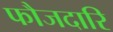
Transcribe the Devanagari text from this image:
फौजदारि